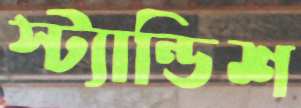
স্ট্যান্ডিশ